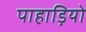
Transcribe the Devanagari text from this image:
पाहाड़ियो